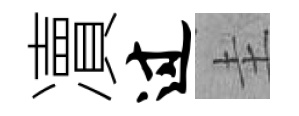
凟过圭